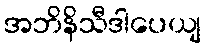
အဘိနိသီဒါပေယျ